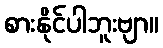
စားနိုင်ပါဘူးဗျာ။